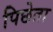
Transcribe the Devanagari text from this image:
पिछेता